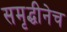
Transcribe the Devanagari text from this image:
समृद्धीनेच